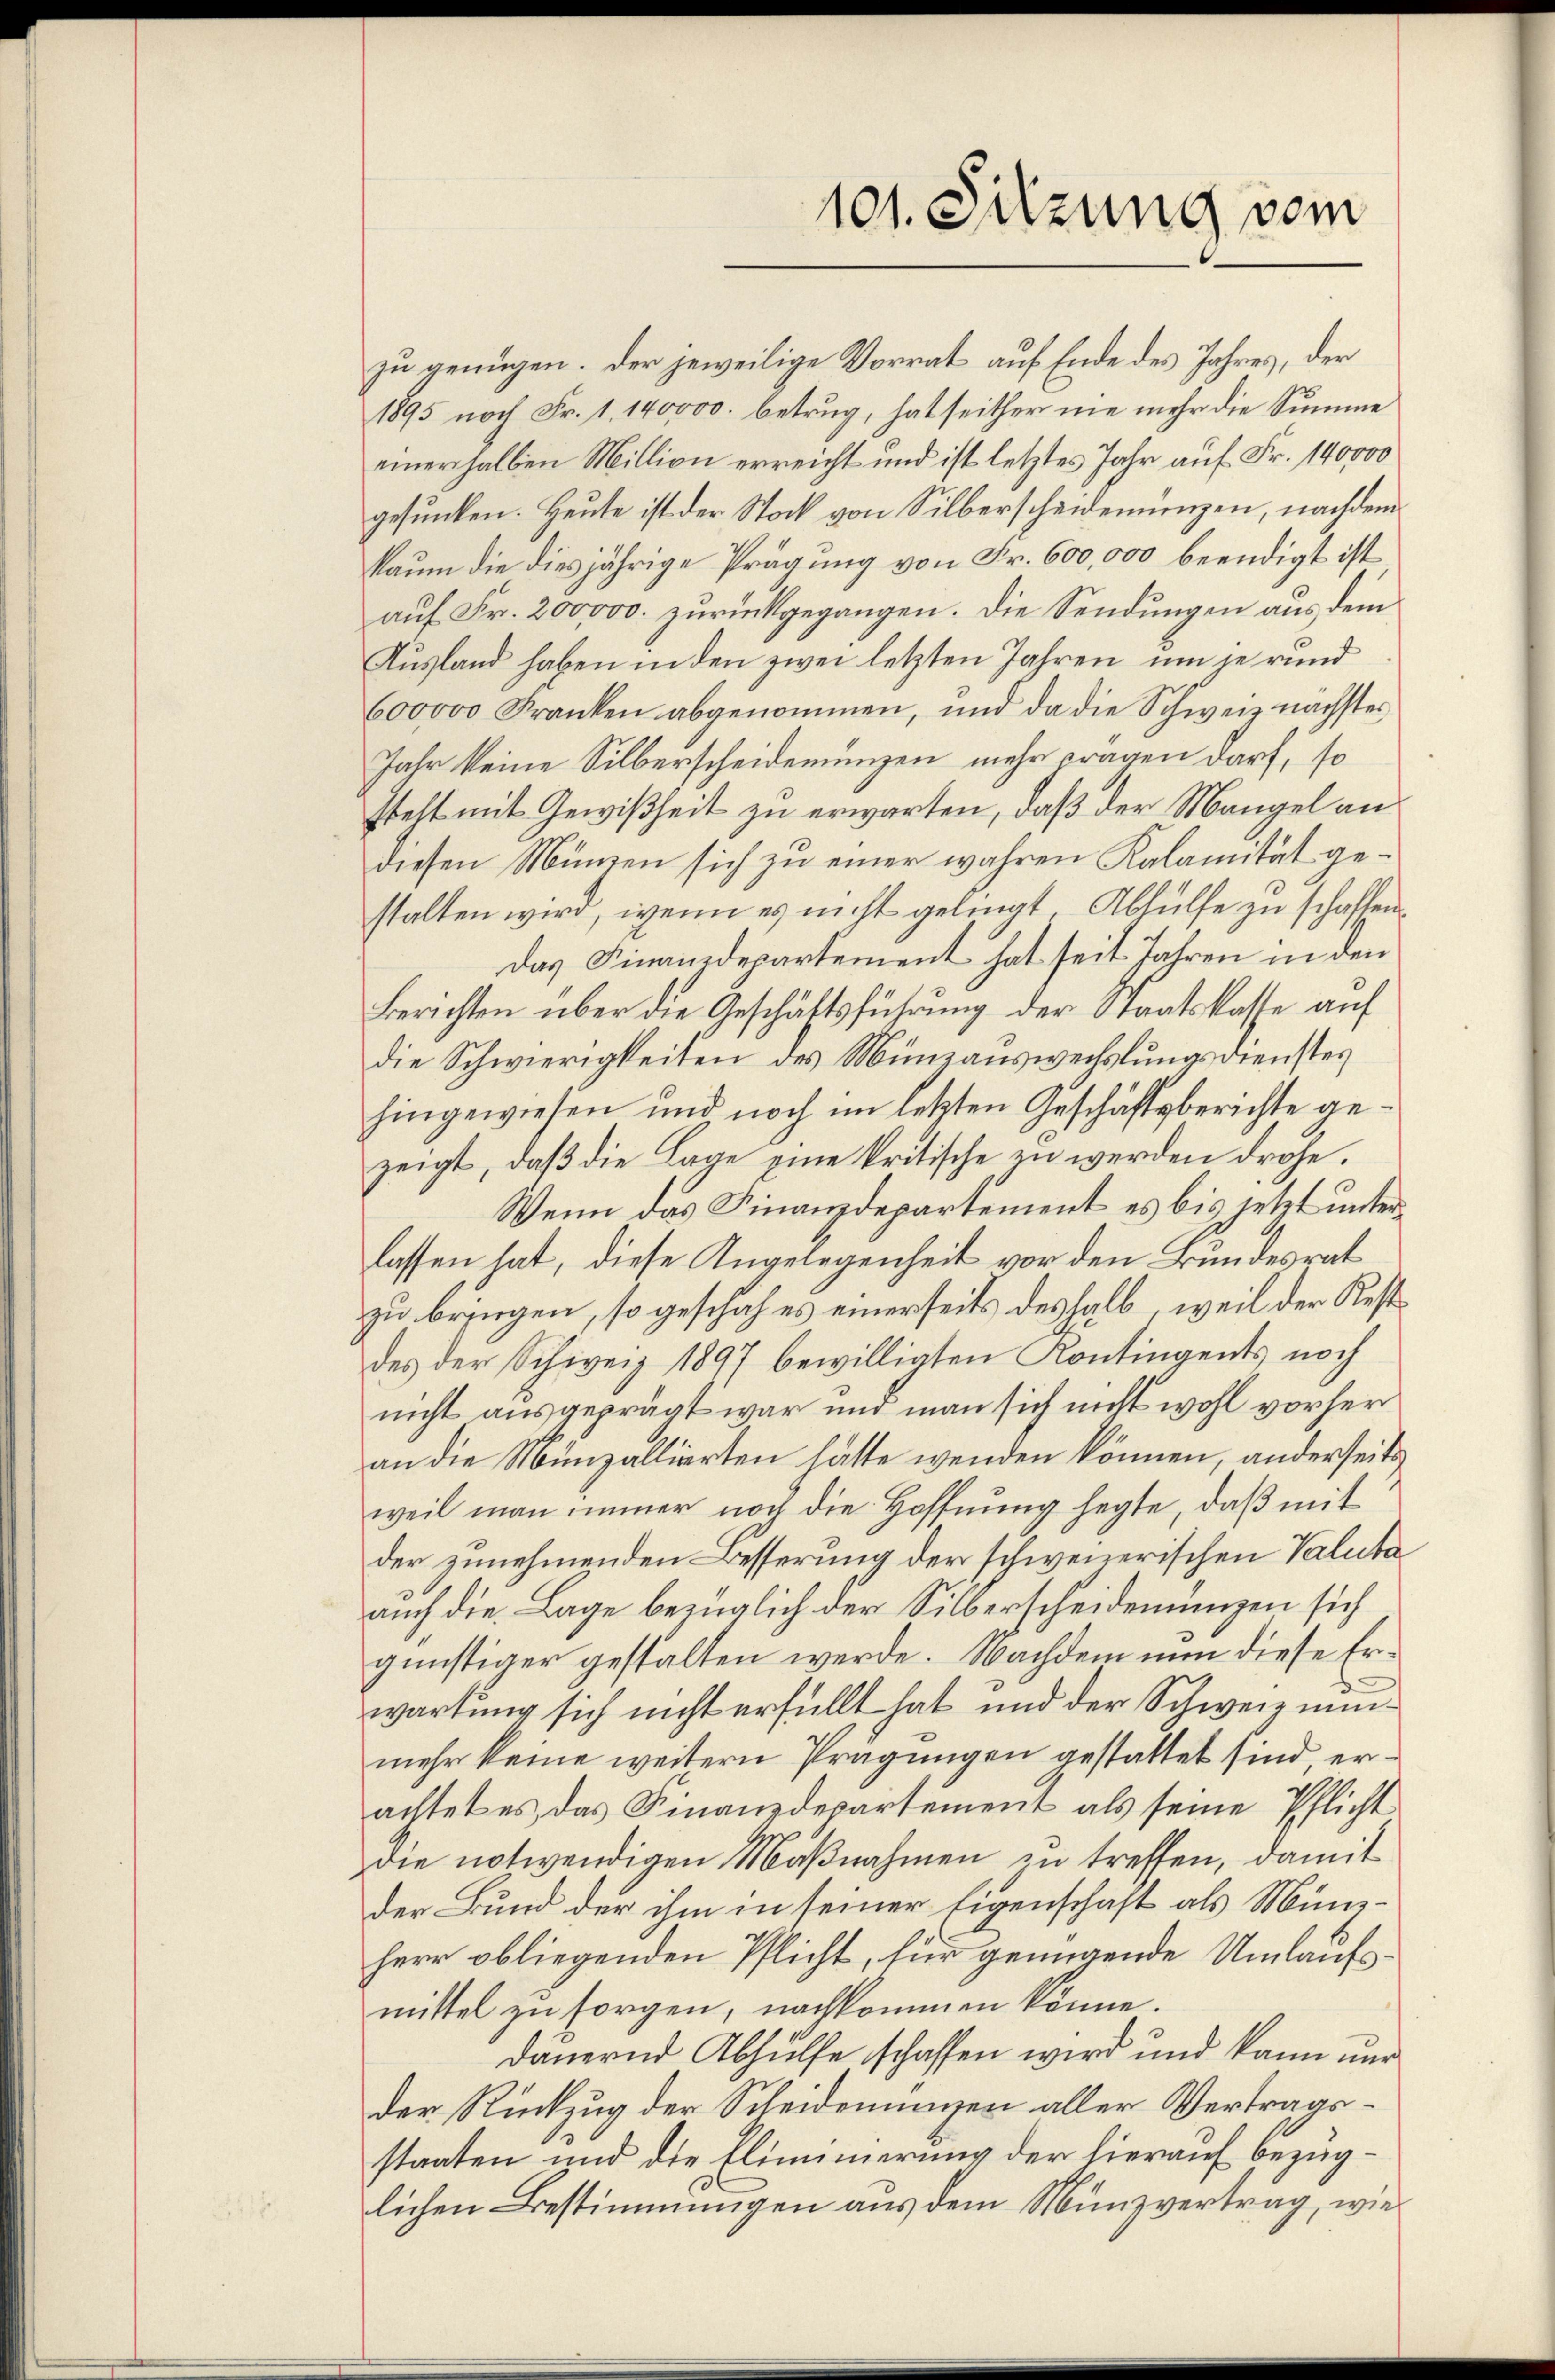
101. Sitzung vom

zu genügen. Der jeweilige Vorrat auf Ende des Jahres, der
1895 noch Fr. 1. 140000. betrug, hat seither nie mehr die Summe
einerhalben Million erreicht und ist letztes Jahr auf Fr. 140000
gesunken. Heute ist der Stock von Silberscheidenungen, nachdem
kaum die diesjährige Prägung von Fr. 600,000 beendigt ist
auf Fr. 200000. zurückgegangen. Die Sendungen aus dem
Ausland haben in den zwei letzten Jahren um je rund
600000 Franken abgenommen, und da die Schweiz nächstes
Jahr keine Silberscheidemünzen mehr Fragen darf, so
steht mit Gewißheit zu erwarten, daß der Mangel an
diesen Minen sich zu einer wahren Kalamität gestalten wird, wenn es nicht gelingt, Abhülfe zu schaffen
Das Finanzdepartement hat seit Jahren in den
Berichten über die Geschäftsführung der Staatskasse auf
die Schwierigkeiten des Münzauswechslungsdienstes
hingewiesen und noch im letzten Geschäftsberichte gezeigt, daß die Lage eine kritische in werden drohe.
Wenn das Finanzdepartement es bis jetzt unterlassen hat, diese Angelegenheit vor den Bundesrat
zu bringen, so geschah es einerseits deshalb, weil der Restdes der Schweiz 1897 bewilligten Kontingents noch
nicht ausgeprägt war und man sich nicht wohl vorher
an die Münzallierten hätte wenden können, anderseits
weil man immer noch die Hoffnung hegte, daß mit
der zunehmenden Besserung der schweizerischen Valuta
auch die Lage bezüglich der Silberscheidenungen sich
günstiger gestalten werde. Nachdem nun diese Erwartung sich nicht erfüllt hat und der Schweiz nunmehr keine weitern Prägungen gestattet sind, erachtet es, das Finanzdepartement als seine Pflicht
die notwendigen Maßnahmen zu treffen, damit
Der Bund der ihm in seiner Eigenschaft als Münzherr obliegenden Pflicht, für genügende Umlaufsmittel zu sorgen, nachkommen könne.
dauernd Abhülfe schaffen wird und kann nur
der Rückzug der Scheidenungen aller Vertragsstaaten und die Eliminerung der hierauf bezuglichen Bestimmungen aus dem Münzvertrag, wie